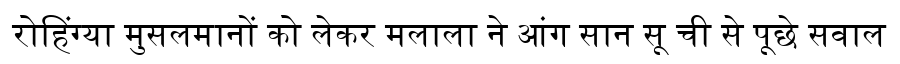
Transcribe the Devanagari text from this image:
रोहिंग्या मुसलमानों को लेकर मलाला ने आंग सान सू ची से पूछे सवाल